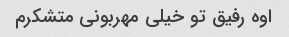
اوه رفیق تو خیلی مهربونی متشکرم